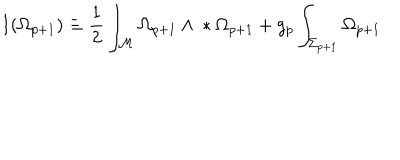
I ( \Omega _ { p + 1 } ) \equiv { } \frac { 1 } { 2 } \int _ { \cal { M } } \Omega _ { p + 1 } \wedge { } * \Omega _ { p + 1 } { } + g _ { p } \int _ { \Sigma _ { p + 1 } } \Omega _ { p + 1 }